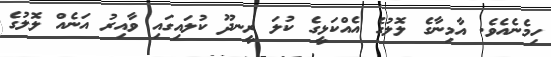
ހިމެނެއެވެ. އާމިނާގެ ލޮލުގެ އެއްކަޅީގެ ކުލަ ރީނދޫ ކުލައިގައި ވާއިރު އަނެއް ލޮލުގެ